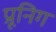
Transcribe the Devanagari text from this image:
प्रूनिग